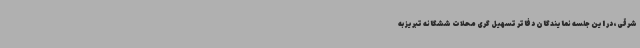
شرقی، در این جلسه نمایندگان دفاتر تسهیل گری محلات ششگانه تبریز به